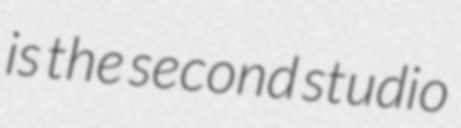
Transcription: is the second studio